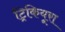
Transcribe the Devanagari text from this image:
ट्रिकियूरा